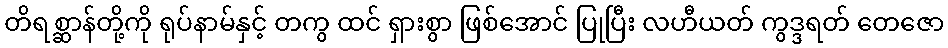
တိရစ္ဆာန်တို့ကို ရုပ်နာမ်နှင့် တကွ ထင် ရှားစွာ ဖြစ်အောင် ပြုပြီး လဟီယတ် ကွဒ္ဒရတ် တေဇော